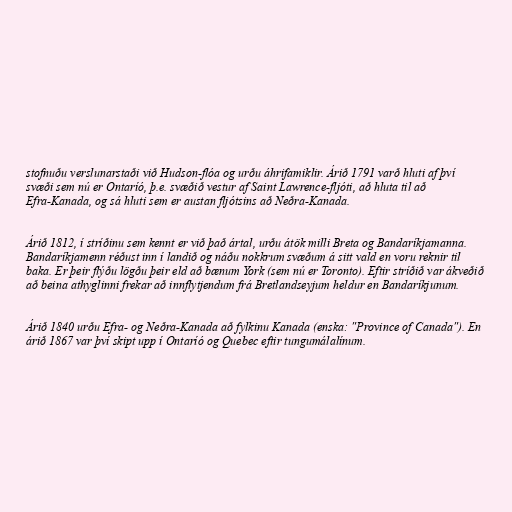
stofnuðu verslunarstaði við Hudson-flóa og urðu áhrifamiklir. Árið 1791 varð hluti af því
svæði sem nú er Ontaríó, þ.e. svæðið vestur af Saint Lawrence-fljóti, að hluta til að
Efra-Kanada, og sá hluti sem er austan fljótsins að Neðra-Kanada.

Árið 1812, í stríðinu sem kennt er við það ártal, urðu átök milli Breta og Bandaríkjamanna.
Bandaríkjamenn réðust inn í landið og náðu nokkrum svæðum á sitt vald en voru reknir til
baka. Er þeir flýðu lögðu þeir eld að bænum York (sem nú er Toronto). Eftir stríðið var ákveðið
að beina athyglinni frekar að innflytjendum frá Bretlandseyjum heldur en Bandaríkjunum.

Árið 1840 urðu Efra- og Neðra-Kanada að fylkinu Kanada (enska: "Province of Canada"). En
árið 1867 var því skipt upp í Ontaríó og Quebec eftir tungumálalínum.